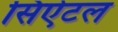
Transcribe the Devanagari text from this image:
सिऐटल